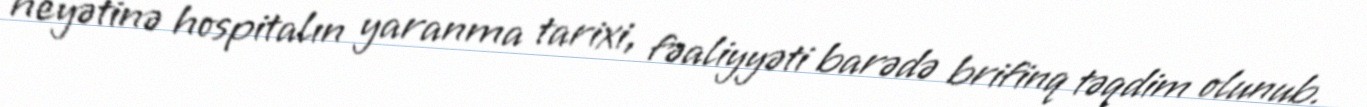
heyətinə hospitalın yaranma tarixi, fəaliyyəti barədə brifinq təqdim olunub.